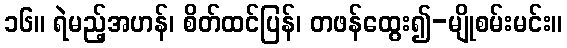
၁၆။ ရဲမည့်အဟန်၊ စိတ်ထင်ပြန်၊ တဖန်ထွေး၍-မျိုစမ်းမင်း။